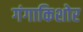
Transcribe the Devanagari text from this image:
गंगाकिशोर